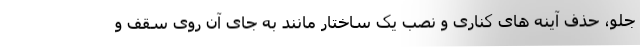
جلو، حذف آینه های کناری و نصب یک ساختار مانند به جای آن روی سقف و